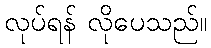
လုပ်ရန် လိုပေသည်။